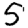
Digit: 5